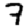
Digit: 7